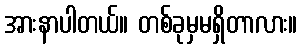
အားနာပါတယ်။ တစ်ခုမှမရှိတာလား။